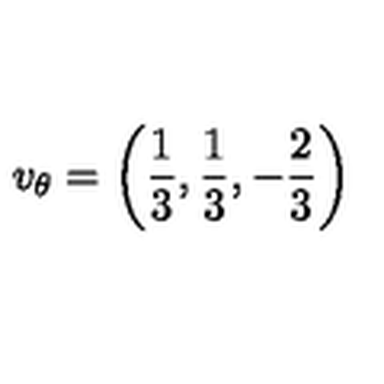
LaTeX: v _ { \theta } = \left( \frac { 1 } { 3 } , \frac { 1 } { 3 } , - \frac { 2 } { 3 } \right)